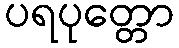
ပရပုတ္တော